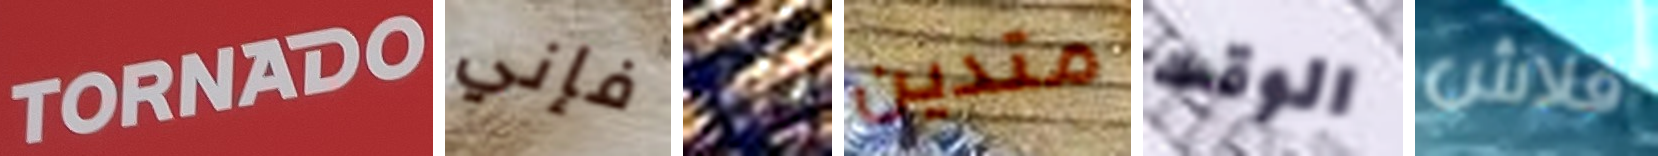
TORNADO فإني انا متدين الوقت فلاش